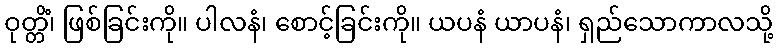
ဝုတ္တိံ၊ ဖြစ်ခြင်းကို။ ပါလနံ၊ စောင့်ခြင်းကို။ ယပနံ ယာပနံ၊ ရှည်သောကာလသို့